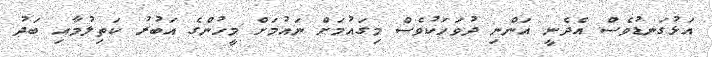
އަޅުގަނޑުވެސް އެދެނީ އަންނި ދުވަހަކުވެސް މިގައުމަށް ނައުމަށް މީހުންގެ އަބުރު ކަތިލުމާއި ބަދު